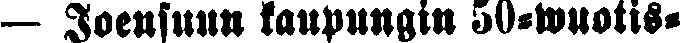
— Joensuun kaupungin 50-wuotis-